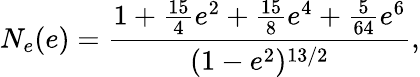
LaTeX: N_{e}(e)=\frac{1+\frac{15}{4}e^{2}+\frac{15}{8}e^{4}+\frac{5}{64}e^{6}}{(1-e^{2})^{13/2}},